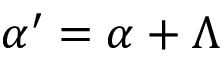
{ \boldsymbol { \alpha } } ^ { \prime } = { \boldsymbol { \alpha } } + { \boldsymbol { \Lambda } }